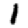
Digit: 1